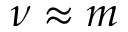
\nu \approx m